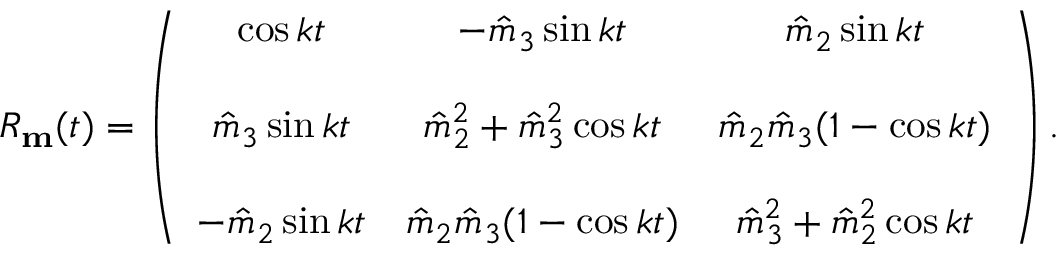
\begin{array} { r } { R _ { \bf m } ( t ) = \left( \begin{array} { c c c } { \cos k t } & { - \hat { m } _ { 3 } \sin k t } & { \hat { m } _ { 2 } \sin k t } \\ { } & { } & { } \\ { \hat { m } _ { 3 } \sin k t } & { \hat { m } _ { 2 } ^ { 2 } + \hat { m } _ { 3 } ^ { 2 } \cos k t } & { \hat { m } _ { 2 } \hat { m } _ { 3 } ( 1 - \cos k t ) } \\ { } & { } & { } \\ { - \hat { m } _ { 2 } \sin k t } & { \hat { m } _ { 2 } \hat { m } _ { 3 } ( 1 - \cos k t ) } & { \hat { m } _ { 3 } ^ { 2 } + \hat { m } _ { 2 } ^ { 2 } \cos k t } \end{array} \right) . } \end{array}